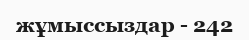
жұмыссыздар - 242